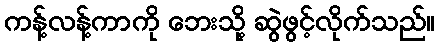
ကန့်လန့်ကာကို ဘေးသို့ ဆွဲဖွင့်လိုက်သည်။